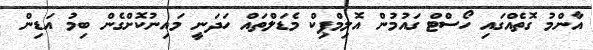
އާންމު ގޮތެއްގައި ހޯސްޓް ގައުމުން އޮލިމްޕިކް މެޑަލްތައް ހަދަނީ މައިނުކޮށްގެން ބިމު އަޑިން